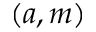
( a , m )